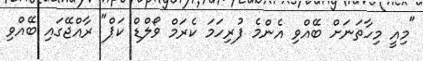
"މިއީ މިހާތަނަށް ބޭއްވި އެންމެ ފުރިހަމަ ކެރަމް ވޯލްޑް ކަޕް" ރާއްޖޭގައި ބޭއްވި